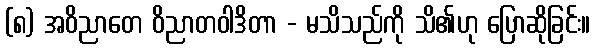
(၈) အဝိညာတေ ဝိညာတဝါဒိတာ - မသိသည်ကို သိ၏ဟု ပြောဆိုခြင်း။